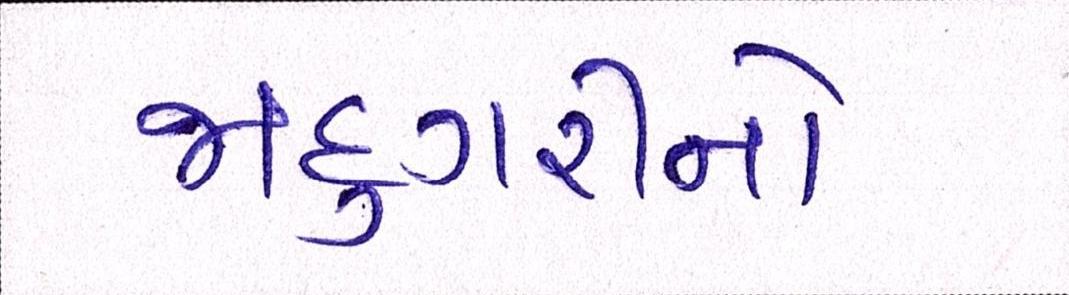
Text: જાદુગરીનો